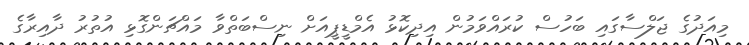
މިއަދުގެ ޖަލްސާގައި ބަހުސް ކުރައްވަމުން އިދިކޮޅު އެމްޑީޕީއަށް ނިސްބަތްވާ މައްޗަންގޮޅި އުތުރު ދާއިރާގެ